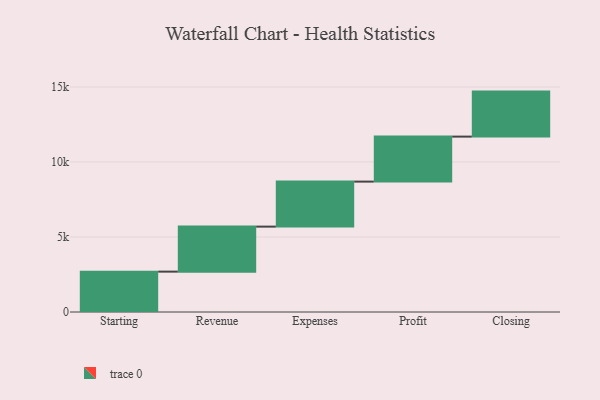
{"axis": {"x": "Step", "y": "Value"}, "legend": [""], "data": [{"x": "Starting", "y": 2691.0, "type": ""}, {"x": "Revenue", "y": 3000, "type": ""}, {"x": "Expenses", "y": 3000, "type": ""}, {"x": "Profit", "y": 3000, "type": ""}, {"x": "Closing", "y": 3000, "type": ""}]}